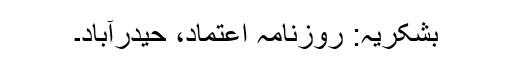
بشکریہ: روزنامہ اعتماد، حیدرآباد۔